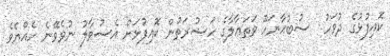
ކޮއިފުޅުގެ ދުވަހު  ސުބުޙާނަހޫ ވަތަޢާލާގެ ހަޟުރަތުން ކޮއިފުޅަށް އެސުވާލު ނުވެވޭނެ ހެއްޔެވެ